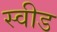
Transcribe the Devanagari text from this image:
स्वीड